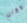
وكان